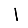
Digit: 1